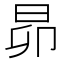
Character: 昴